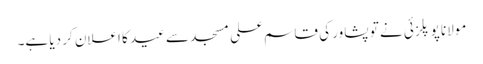
مولانا پوپلزئی نے تو پشاور کی قاسم علی مسجد سے عید کا اعلان کر دیا ہے۔